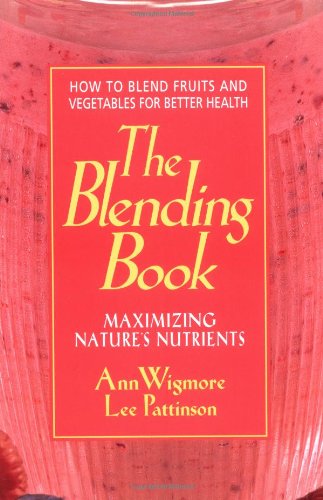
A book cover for The Blending Book: Maximizing Nature's Nutrients: How to Blend Fruits and Vegetables for Better Health; Ann Wigmore; Cookbooks, Food & Wine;